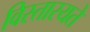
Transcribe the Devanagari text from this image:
विस्तारयते